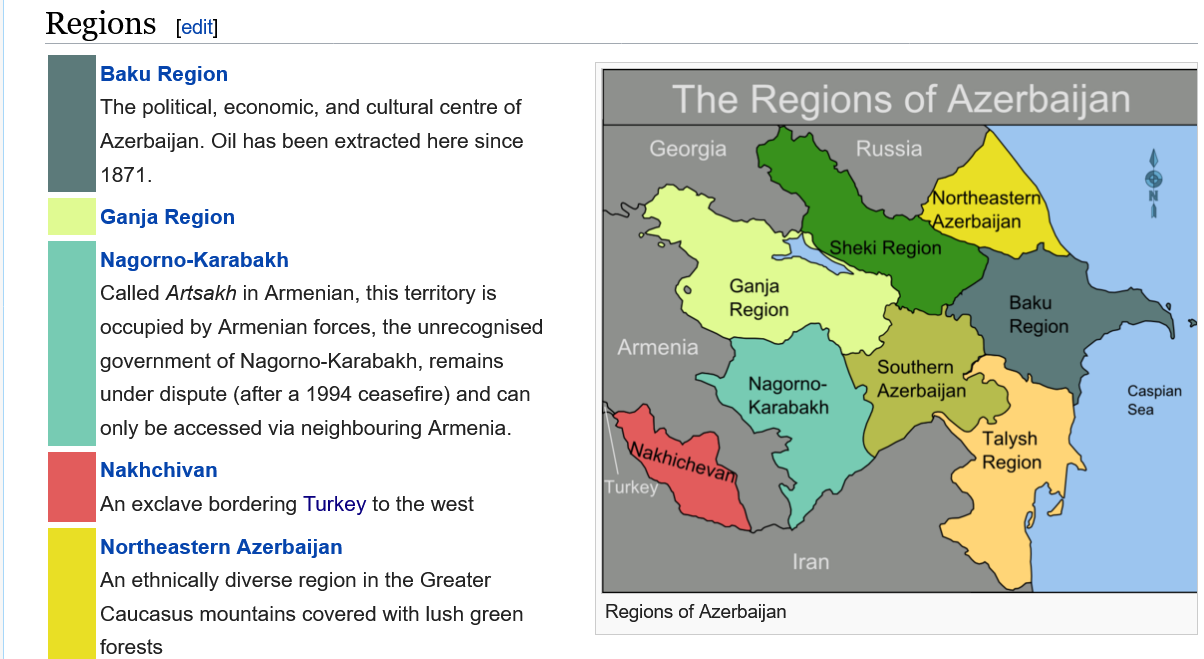
Regions    [edit]

     The    Regions    of   Azerbaijan
     Georgia    LUIS)

     Regions of Azerbaijan
     Baku  Region
     The political, economic, and cultural centre of
     Azerbaijan. Oil has been extracted here since
     1871.
     Ganja  Region
     Nagorno-Karabakh
     Called Artsakh in Armenian, this territory is
     occupied by Armenian forces, the unrecognised
     government of Nagorno-Karabakh, remains
     under dispute (after a 1994 ceasefire) and can
     only be accessed via neighbouring Armenia.
     Nakhchivan
     An exclave bordering Turkey to the west
     Northeastern  Azerbaijan
     An ethnically diverse region in the Greater
     Caucasus  mountains covered with lush green
     forectc